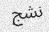
نشج